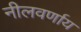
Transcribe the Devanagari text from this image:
नीलवर्णाय